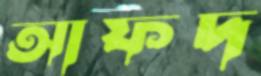
আফদ